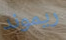
ريموند